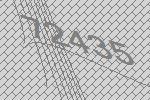
72435